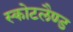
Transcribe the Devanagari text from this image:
स्कोटलैण्ड